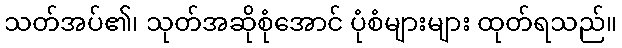
သတ်အပ်၏၊ သုတ်အဆိုစုံအောင် ပုံစံများများ ထုတ်ရသည်။